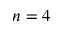
n = 4